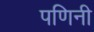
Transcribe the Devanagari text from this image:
पणिनी